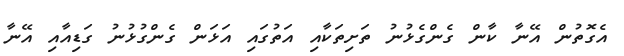
އެގޮތުން އޭނާ ކާން ގެންގެޅުނު ތަށިތަކާއި އަތުގައި އަޅަން ގެންގުޅުނު ގަޑިއާއި އޭނާ